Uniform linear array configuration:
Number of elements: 4
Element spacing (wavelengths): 0.25
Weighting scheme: blackman
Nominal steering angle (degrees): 60
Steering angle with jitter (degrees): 60.021
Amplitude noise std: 0.05
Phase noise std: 0.05

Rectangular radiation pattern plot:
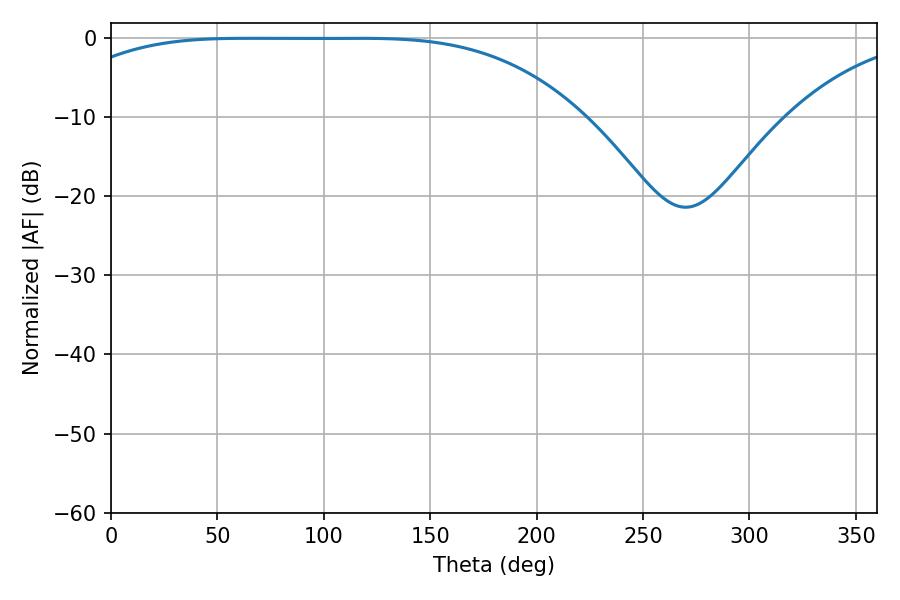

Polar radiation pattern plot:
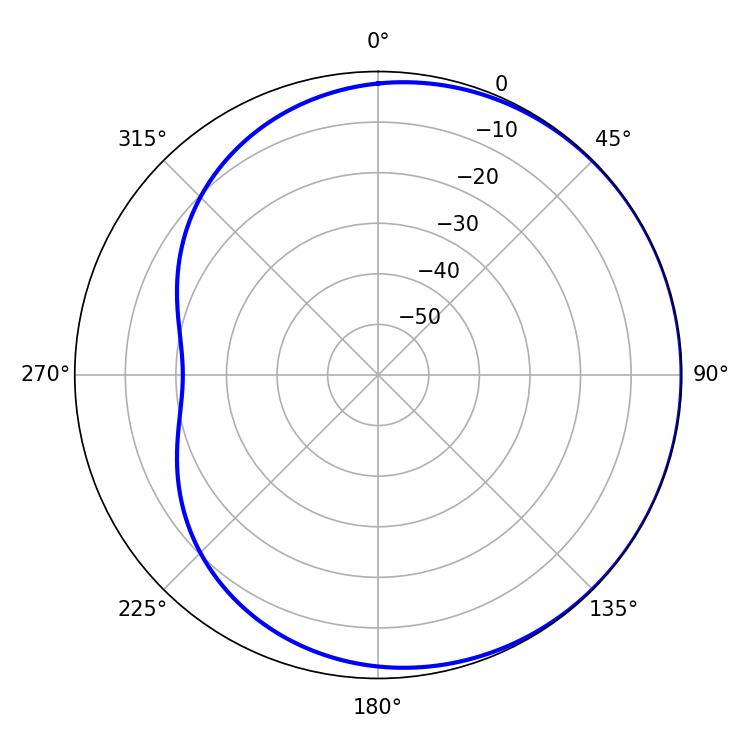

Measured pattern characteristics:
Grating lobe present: FALSE
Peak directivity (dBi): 0.5638
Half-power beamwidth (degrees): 185.76
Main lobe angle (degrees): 64.08